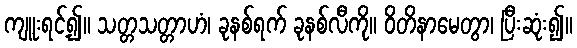
ကျူးရင့်၍။ သတ္တသတ္တာဟံ၊ ခုနစ်ရက် ခုနစ်လီကို။ ဝိတိနာမေတွာ၊ ပြီးဆုံး၍။